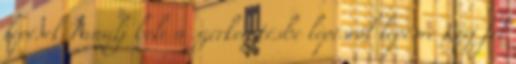
lépések Tanulj bele a szerkesztésbe lépésről lépésre Kérj fel